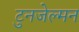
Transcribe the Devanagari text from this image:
टुनजेल्मन